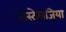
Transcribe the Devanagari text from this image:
नोस्‍टेलजिया